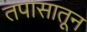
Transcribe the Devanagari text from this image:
तपासातून